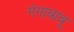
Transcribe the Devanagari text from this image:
गंगाबाबू